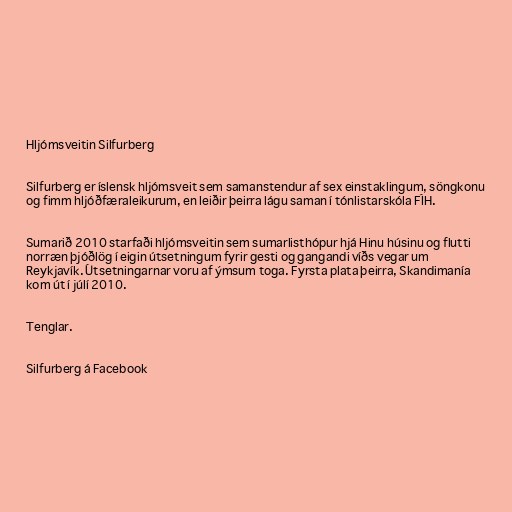
Hljómsveitin Silfurberg

Silfurberg er íslensk hljómsveit sem samanstendur af sex einstaklingum, söngkonu
og fimm hljóðfæraleikurum, en leiðir þeirra lágu saman í tónlistarskóla FÍH.

Sumarið 2010 starfaði hljómsveitin sem sumarlisthópur hjá Hinu húsinu og flutti
norræn þjóðlög í eigin útsetningum fyrir gesti og gangandi víðs vegar um
Reykjavík. Útsetningarnar voru af ýmsum toga. Fyrsta plata þeirra, Skandimanía
kom út í júlí 2010.

Tenglar.

Silfurberg á Facebook